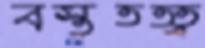
বস্তুতত্ত্ব